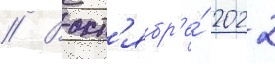
// В окт'ябр'е́ 2022